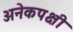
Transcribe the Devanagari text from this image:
अनेकपक्षी